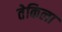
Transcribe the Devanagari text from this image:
तेकिला